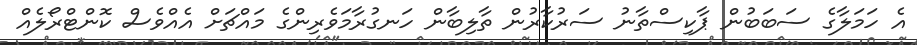
އެ ހަމަލާގެ ސަބަބުން ޕާކިސްތާނު ސަރުކާރުން ތާލިބާން ހަނގުރާމަވެރިންގެ މައްޗަށް އެއްވެސް ކޮންޓްރޯލެއް